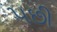
૫છી